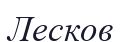
Лесков